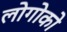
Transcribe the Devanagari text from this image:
लोगोको